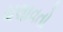
ચલાવતો